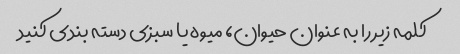
کلمه زیر را به عنوان حیوان، میوه یا سبزی دسته بندی کنید